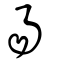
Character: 昜